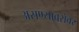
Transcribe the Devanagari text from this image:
असण्याबरोबर